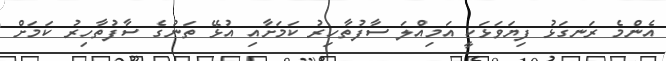
އެންމެ ރަނގަޅު ފިޔަވަޅަކީ އަމިއްލަ ސާފުތާހިރު ކަމަށާއި އުޅޭ ތަނުގެ ސާފުތާހިރު ކަމަށް